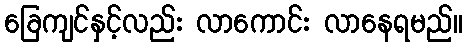
ခြေကျင်နှင့်လည်း လာကောင်း လာနေရမည်။